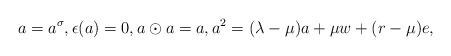
LaTeX: \begin{align*} a=a^\sigma, \epsilon(a)=0, a\odot a=a, a^2=(\lambda-\mu)a+\mu w+(r-\mu)e,\end{align*}